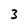
Character: 3